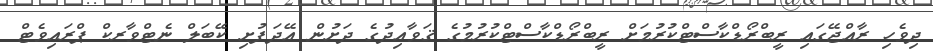
ދިވެހި ރާއްޖޭގައި ރީބްރޯޑްކާސްޓްކުރުމަށް ރީބްރޯޑްކާސްޓްކުރުމުގެ ޤަވާއިދުގެ ދަށުން އޭދަފުށި ކޭބަލް ނެޓްވާރކް ޕްރައިވެޓް